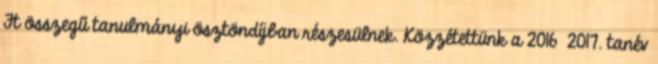
Ft összegű tanulmányi ösztöndíjban részesülnek. Közzétettünk a 2016 2017. tanév